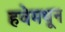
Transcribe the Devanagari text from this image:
हवेमधून